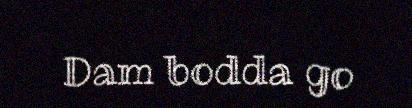
Dam bodda go